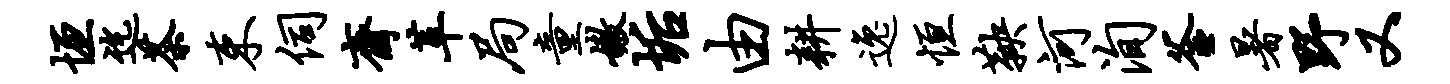
垣迄茶束伺斋革局童嫩垢由耕逸恒鞅河洵釜暑野又